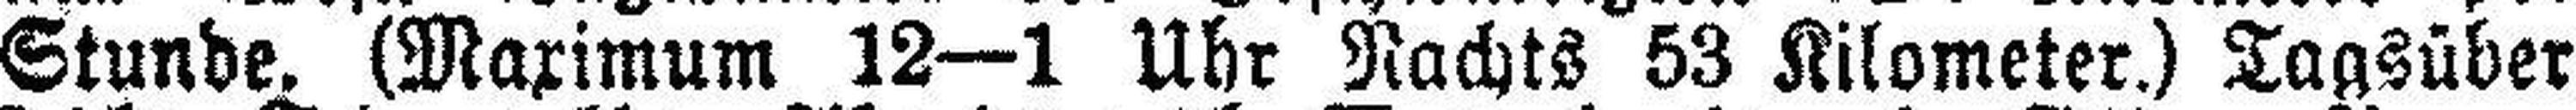
Stunde. (Maximum 12—1 Uhr Nachts 53 Kilometer.) Tagsüber